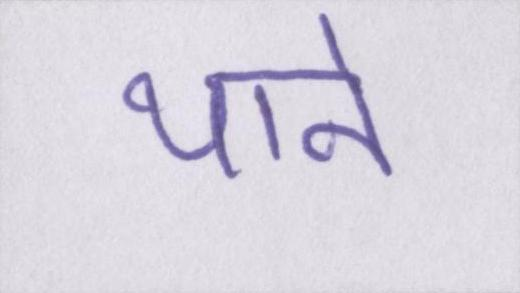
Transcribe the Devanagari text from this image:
याने